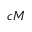
c M